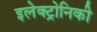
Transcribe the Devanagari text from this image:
इलेक्ट्रोनिकी